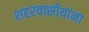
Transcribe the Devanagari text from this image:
शहरवासीयांना